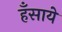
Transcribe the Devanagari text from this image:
हँसाये